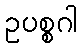
ဥပစ္စဂါ